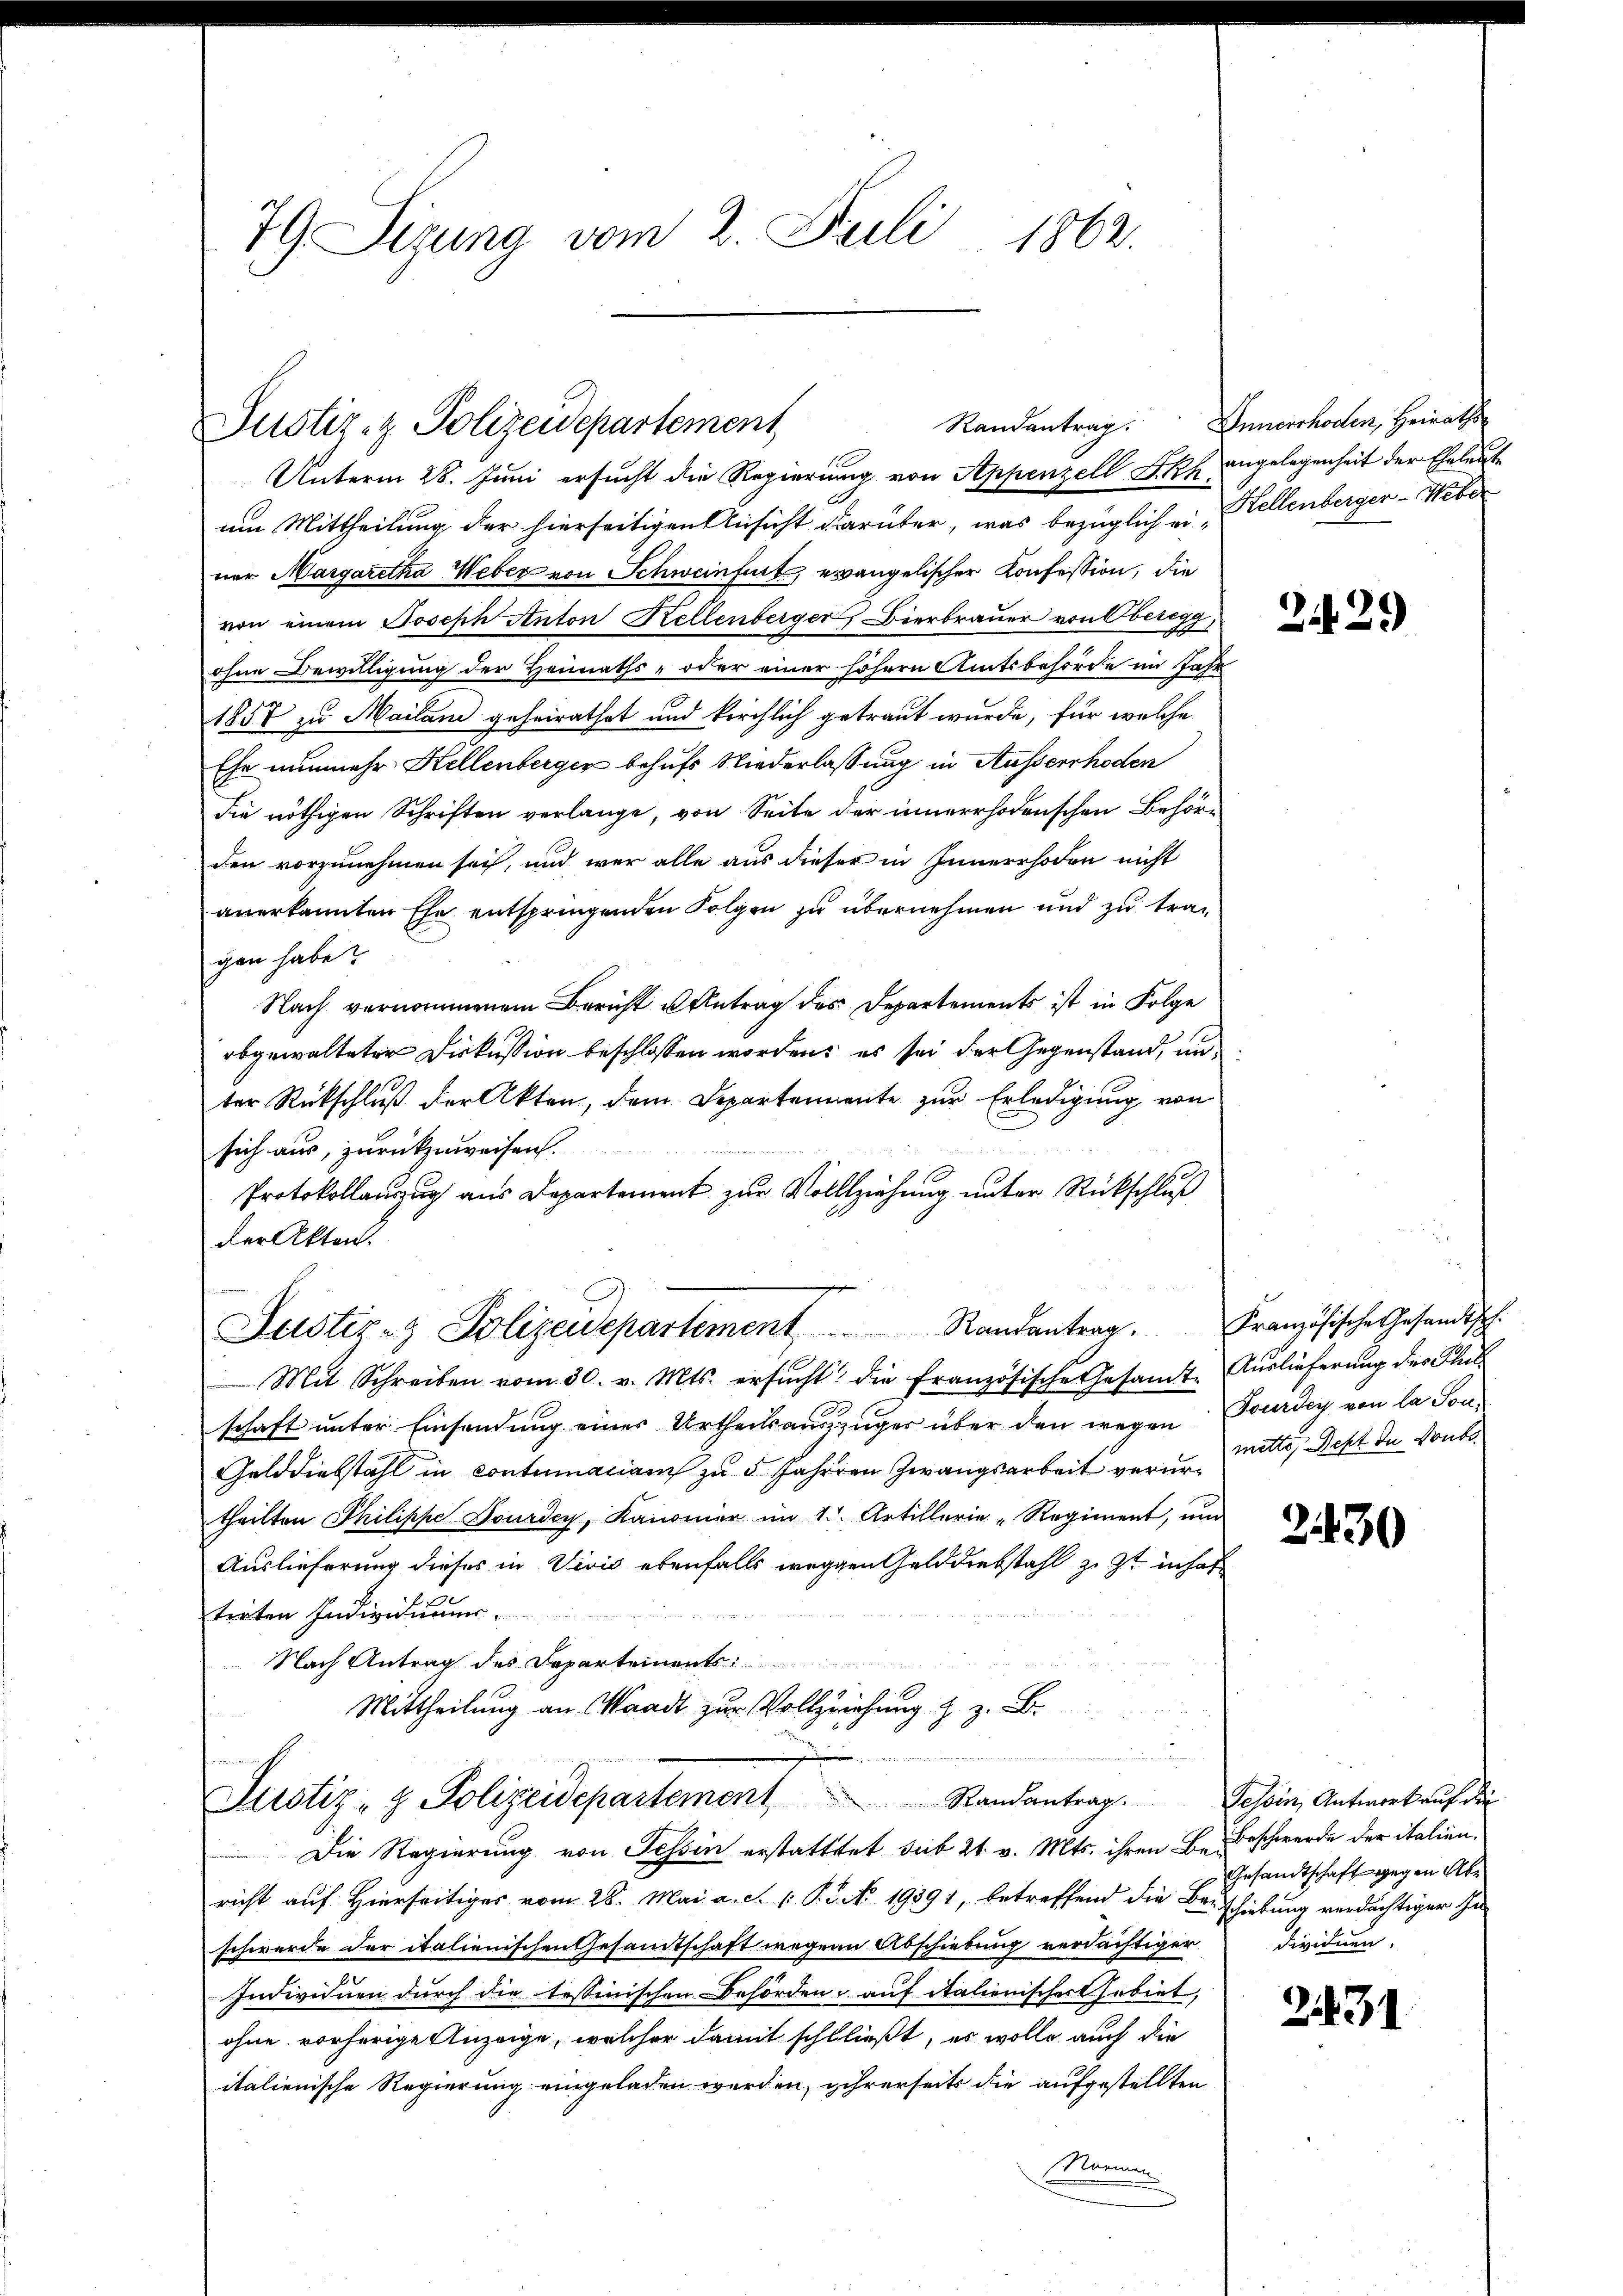
79 Sizung vom 2. Juli 1862.

Justiz- & Polizeidepartement

Unterm 28. Juni ersucht die Regierung von Appenzell Fkh angelegenheit der Eheleute
um Mittheilung der hierseitigen Ansicht darüber, was bezüglich er, Kellenberger-Weber
ner Margaretha Weber von Schweinfurt, evangelischer Konfession, die
von einem Joseph Anton Kellenberger, Bierbrauer von Oberi
2
ohne Bewilligung der Heimaths- oder einer höhern Amtsbehörde im Jahr
1857 zu Mailand geheirathet und kirchlich getraut wurde, für welche
Ehe nunmehr Hellenberger behufs Niederlassung in Ausserrhoden
die nöthigen Schriften verlange, von Seite der innerrhodenschen Behörden vorzunehmen sei, und wer alle aus dieser in Innerrhoden nicht
anerkannten Ehe entspringenden Folgen zu übernehmen und zu tragen habe?
Nach vernommenem Bericht u Antrag des Departements ist in Folge
obgewalteter Diskussion beschlossen worden; es sei der Gegenstand, unter Rückschluß der Akten, dem Departemente zur Erledigung von
sich aus, zurückzuweisen.
Protokollauszug aus Departement zur Vollziehung unter Rückschluß
der Akten.
Randantrag. Französische Gesandtsch.
Justiz- & Polizeidepartement
Mit Schreiben vom 30. v. Mts. ersŭcht die französische Gesamt Auslieferung des Plat
schaft unter Einsendung einer Urtheilsauszüger über den wegen Tourden von la Son¬
Gelddiebstahl in contumaciam zu 5 Jahren Zwangsarbeit verur-Mitte, est der Konko
theilten Philippe Dourdcy, Kanonier im 1. Artillerie-Regiment, und
Auslieferung dieses in Vivić ebenfalls weggen Gelddiebstahl zu st inhaf
treten Individuums
Nach Antrag des Departements
Mittheilung an Waadt zur Vollziehung s. z. B.
 datirte mit einen
Justiz- & Polizeidepartement Randantrag. Selin, Antwort auf die
Die Regierung von Tessin erstatttet sub 21. v. Mts. ihren B. Beschwerde der italienricht auf Hierseitiges vom 28. Mai a. c. p. P. No. 19391, betreffend die Beschiebung verdächtiger In
schwerde der italienischen Gesamtschaft wegene Abschiebung verdächtiger
Individuen durch die tessinischen Behörden, auf italienischer Gebiet,
ohne vorherige Anzeige, welcher damit schließt, es wolle auch die
italienische Regierung eingeladen werden, ihrerseits die aufgestellten
Marmen

Randentrag. Innerrhoden, Heiraths

2429

2430

Gesandtschaft gegen Abe
Fiednen.

2431